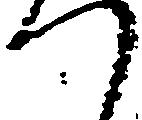
つ